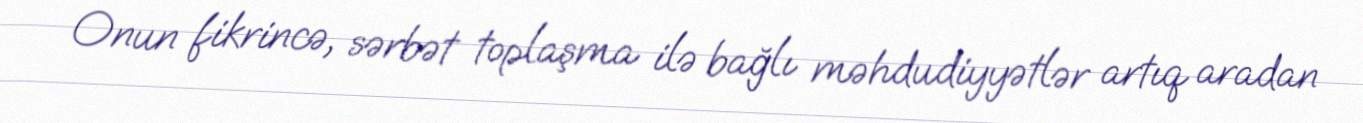
Onun fikrincə, sərbət toplaşma ilə bağlı məhdudiyyətlər artıq aradan